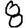
Digit: 8